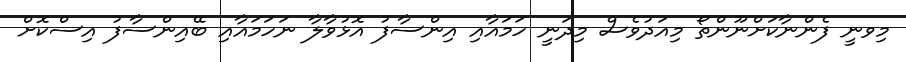
މިވނީ ފެންނާކަށްނޫންތޯ މިއަދުވެސް މިދަނީ ހަމައާއި އިންސާފު އޮޅުވާލާ ނަހަމައާއި ބޭއިންސާފު އިސްކޮށް